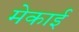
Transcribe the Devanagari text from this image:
मेकाई